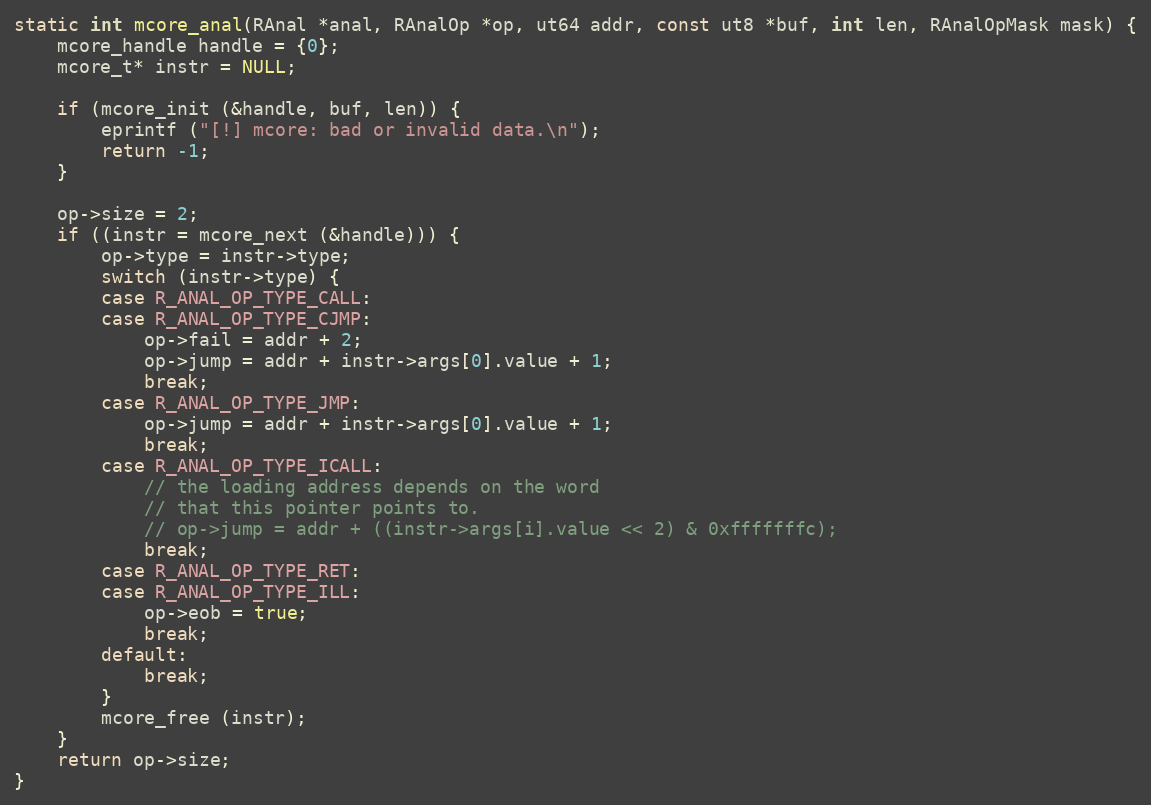
Language: C
static int mcore_anal(RAnal *anal, RAnalOp *op, ut64 addr, const ut8 *buf, int len, RAnalOpMask mask) {
	mcore_handle handle = {0};
	mcore_t* instr = NULL;

	if (mcore_init (&handle, buf, len)) {
		eprintf ("[!] mcore: bad or invalid data.\n");
		return -1;
	}

	op->size = 2;
	if ((instr = mcore_next (&handle))) {
		op->type = instr->type;
		switch (instr->type) {
		case R_ANAL_OP_TYPE_CALL:
		case R_ANAL_OP_TYPE_CJMP:
			op->fail = addr + 2;
			op->jump = addr + instr->args[0].value + 1;
			break;
		case R_ANAL_OP_TYPE_JMP:
			op->jump = addr + instr->args[0].value + 1;
			break;
		case R_ANAL_OP_TYPE_ICALL:
			// the loading address depends on the word
			// that this pointer points to.
			// op->jump = addr + ((instr->args[i].value << 2) & 0xfffffffc);
			break;
		case R_ANAL_OP_TYPE_RET:
		case R_ANAL_OP_TYPE_ILL:
			op->eob = true;
			break;
		default:
			break;
		}
		mcore_free (instr);
	}
	return op->size;
}